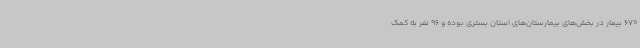
670 بیمار در بخش‌های بیمارستان‌های استان بستری بوده و 96 نفر به کمک